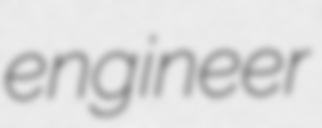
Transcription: engineer